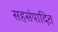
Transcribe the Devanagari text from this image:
सहसंपादित